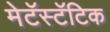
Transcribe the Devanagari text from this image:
मेटॅस्टॅटिक